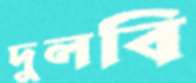
দুলবি